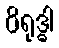
ဝိရုဒ္ဓါ